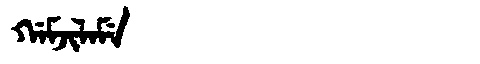
Manchu: ᡤᠠᠮᠵᡳᠯᠠᠮᡝ
Romanization: GAMJILAME